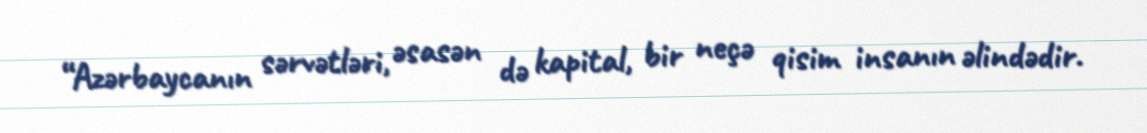
“Azərbaycanın sərvətləri, əsasən də kapital, bir neçə qisim insanın əlindədir.